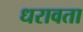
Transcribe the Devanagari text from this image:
धरावता